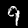
Label: 9